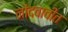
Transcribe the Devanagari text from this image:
नोंदवावीत